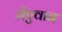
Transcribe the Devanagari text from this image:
मेंएवान